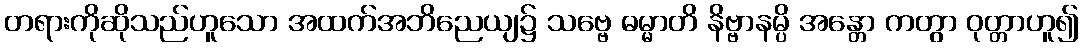
တရားကိုဆိုသည်ဟူသော အထက်အဘိညေယျ၌ သဗ္ဗေ ဓမ္မာတိ နိဗ္ဗာနမ္ပိ အန္တော ကတွာ ဝုတ္တာဟူ၍